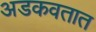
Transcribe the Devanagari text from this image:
अडकवतात